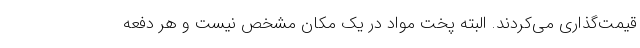
قیمت‌گذاری می‌کردند. البته پخت مواد در یک مکان مشخص نیست و هر دفعه